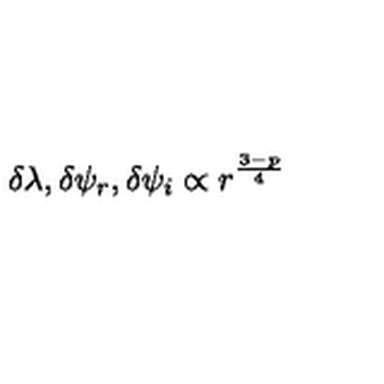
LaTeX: \delta \lambda , \delta \psi _ { r } , \delta \psi _ { i } \propto r ^ { \frac { 3 - p } { 4 } }